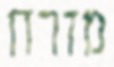
מזרח